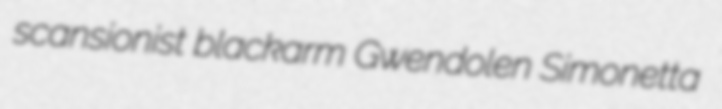
scansionist blackarm Gwendolen Simonetta